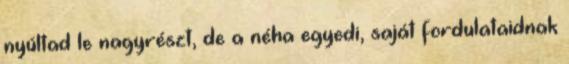
nyúltad le nagyrészt, de a néha egyedi, saját fordulataidnak